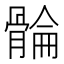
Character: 𮪮